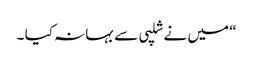
“ میں نے شلپی سے بہانہ کیا ۔